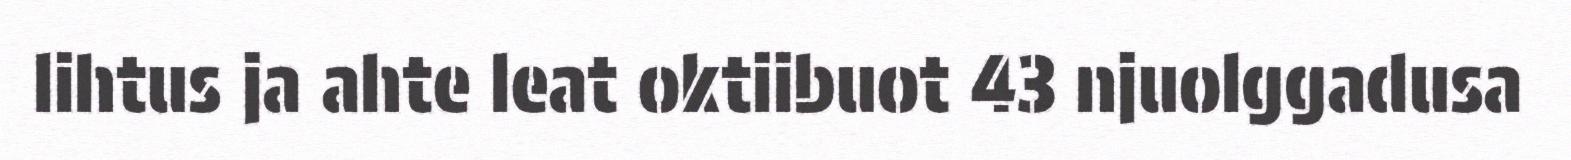
lihtus ja ahte leat oktiibuot 43 njuolggadusa